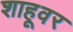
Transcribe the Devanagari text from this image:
शाहूवर